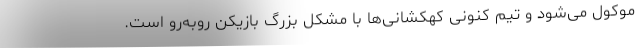
موکول می‌شود و تیم کنونی کهکشانی‌ها با مشکل بزرگ بازیکن روبه‌رو است.